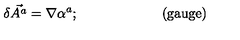
\delta \vec { A ^ { a } } = \nabla \alpha ^ { a } ; \qquad \qquad \qquad \mathrm { ( g a u g e ) }